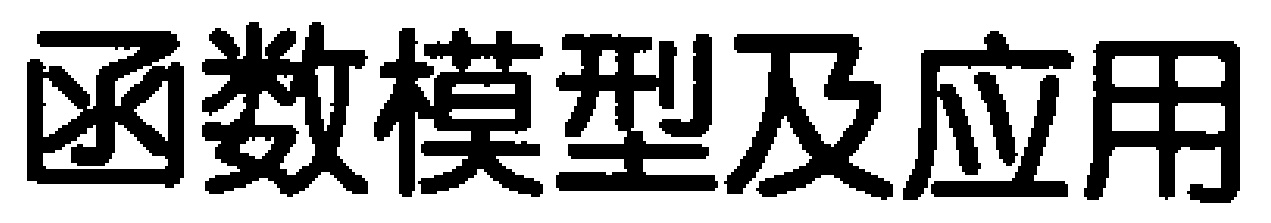
函数模型及应用